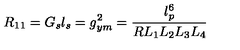
R _ { 1 1 } = G _ { s } l _ { s } = g _ { y m } ^ { 2 } = \frac { l _ { p } ^ { 6 } } { R L _ { 1 } L _ { 2 } L _ { 3 } L _ { 4 } }